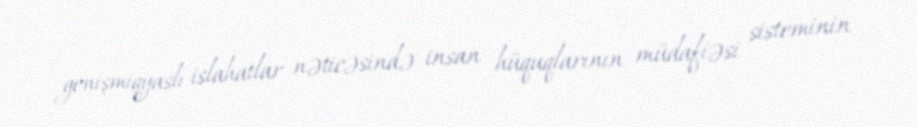
genişmiqyaslı islahatlar nəticəsində insan hüquqlarının müdafiəsi sisteminin